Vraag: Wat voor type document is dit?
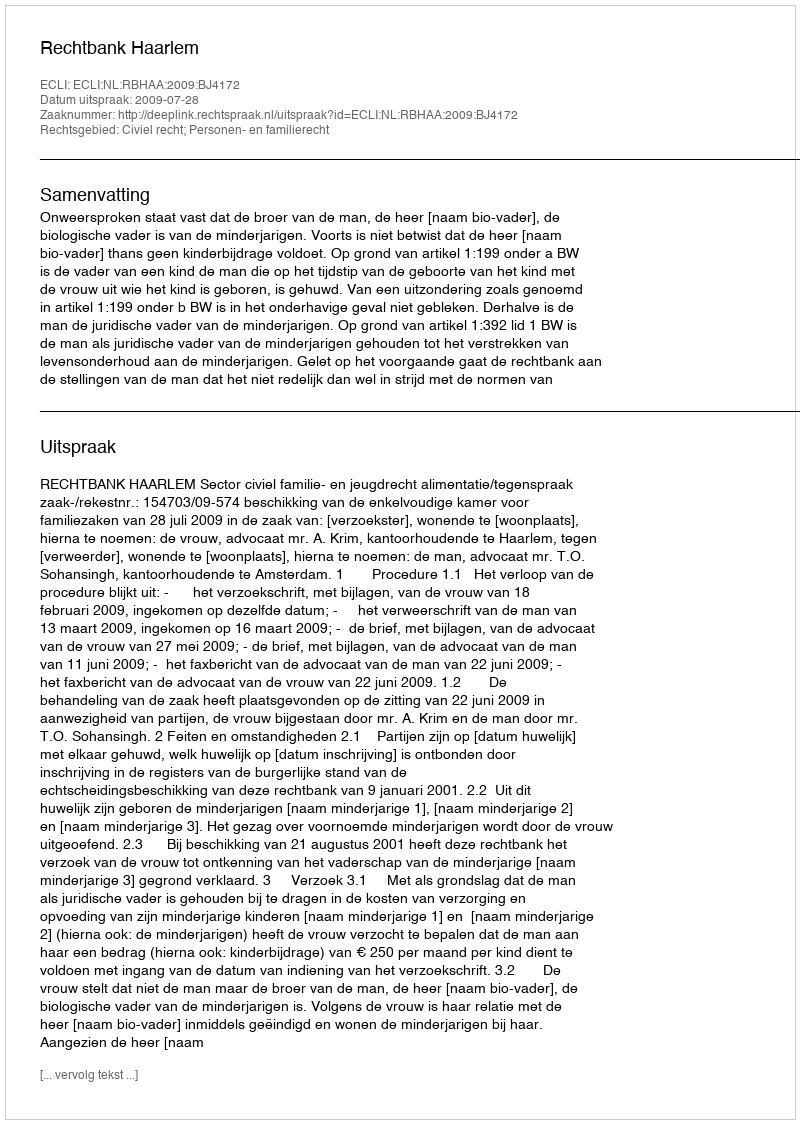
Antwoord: Uitspraak